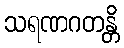
သရဏဂတန္တိ